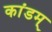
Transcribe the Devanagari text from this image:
कांडम्